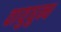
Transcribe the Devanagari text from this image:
वायुधुन्ध